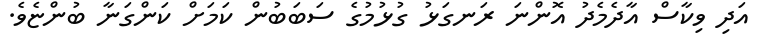
އަދި ވިކާސް އާދެމެދު އޮންނަ ރަނގަޅު ގުޅުމުގެ ސަބަބުން ކަމަށް ކަންގަނާ ބުންޏެވެ.